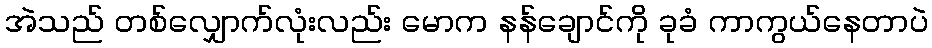
အဲသည် တစ်လျှောက်လုံးလည်း မောက နန်ချောင်ကို ခုခံ ကာကွယ်နေတာပဲ